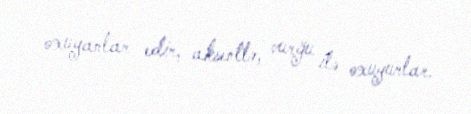
oxuyanlar edir, aksentlə, vurğu ilə oxuyurlar.